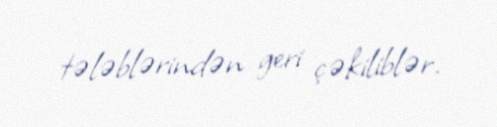
tələblərindən geri çəkiliblər.